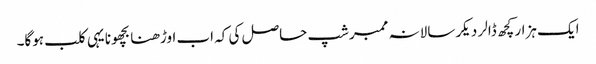
ایک ہزار کچھ ڈالر دیکر سالانہ ممبرشپ حاصل کی کہ اب اوڑھنا بچھونا یہی کلب ہوگا۔